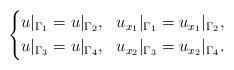
LaTeX: \begin{align*}\left\{\begin{aligned}&u|_{\Gamma_1}=u|_{\Gamma_2},~~u_{x_1}|_{\Gamma_1}=u_{x_1}|_{\Gamma_2},\\&u|_{\Gamma_3}=u|_{\Gamma_4},~~u_{x_2}|_{\Gamma_3}=u_{x_2}|_{\Gamma_4}.\end{aligned}\right.\end{align*}